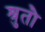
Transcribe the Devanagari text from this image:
श्रुतौ